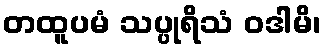
တထူပမံ သပ္ပုရိသံ ဝဒါမိ၊